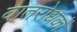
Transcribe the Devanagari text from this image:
वातरोधकों